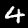
Label: 4